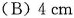
(B)4cm